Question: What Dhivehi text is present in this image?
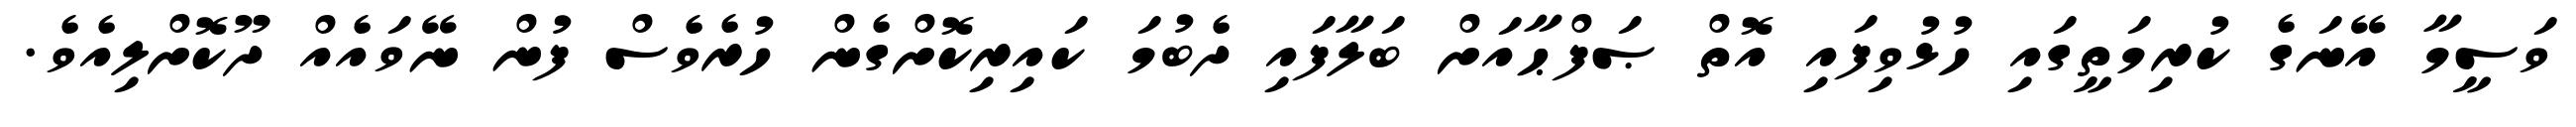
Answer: ވަސީމާ އޭނަގެ ކުރިމަތީގައި ހުޅުވިފައި އޮތް ޞަފްޙާއަށް ބަލާފައި ދެބުމަ ކައިރިކޮށްގެން ހުރެވެސް ފުން ނޭވައެއް ދޫކޮށްލިއެވެ.